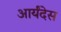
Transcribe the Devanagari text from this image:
आर्यंदेस